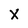
Character: X